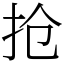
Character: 抢